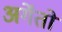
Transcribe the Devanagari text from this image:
अर्गेंतो